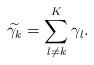
LaTeX: \begin{align*}\widetilde{\gamma_k} = \sum_{l \neq k}^K \gamma_l.\end{align*}